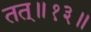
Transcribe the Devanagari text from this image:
तत्॥१३॥